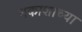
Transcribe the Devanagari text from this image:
नकाशाच्या